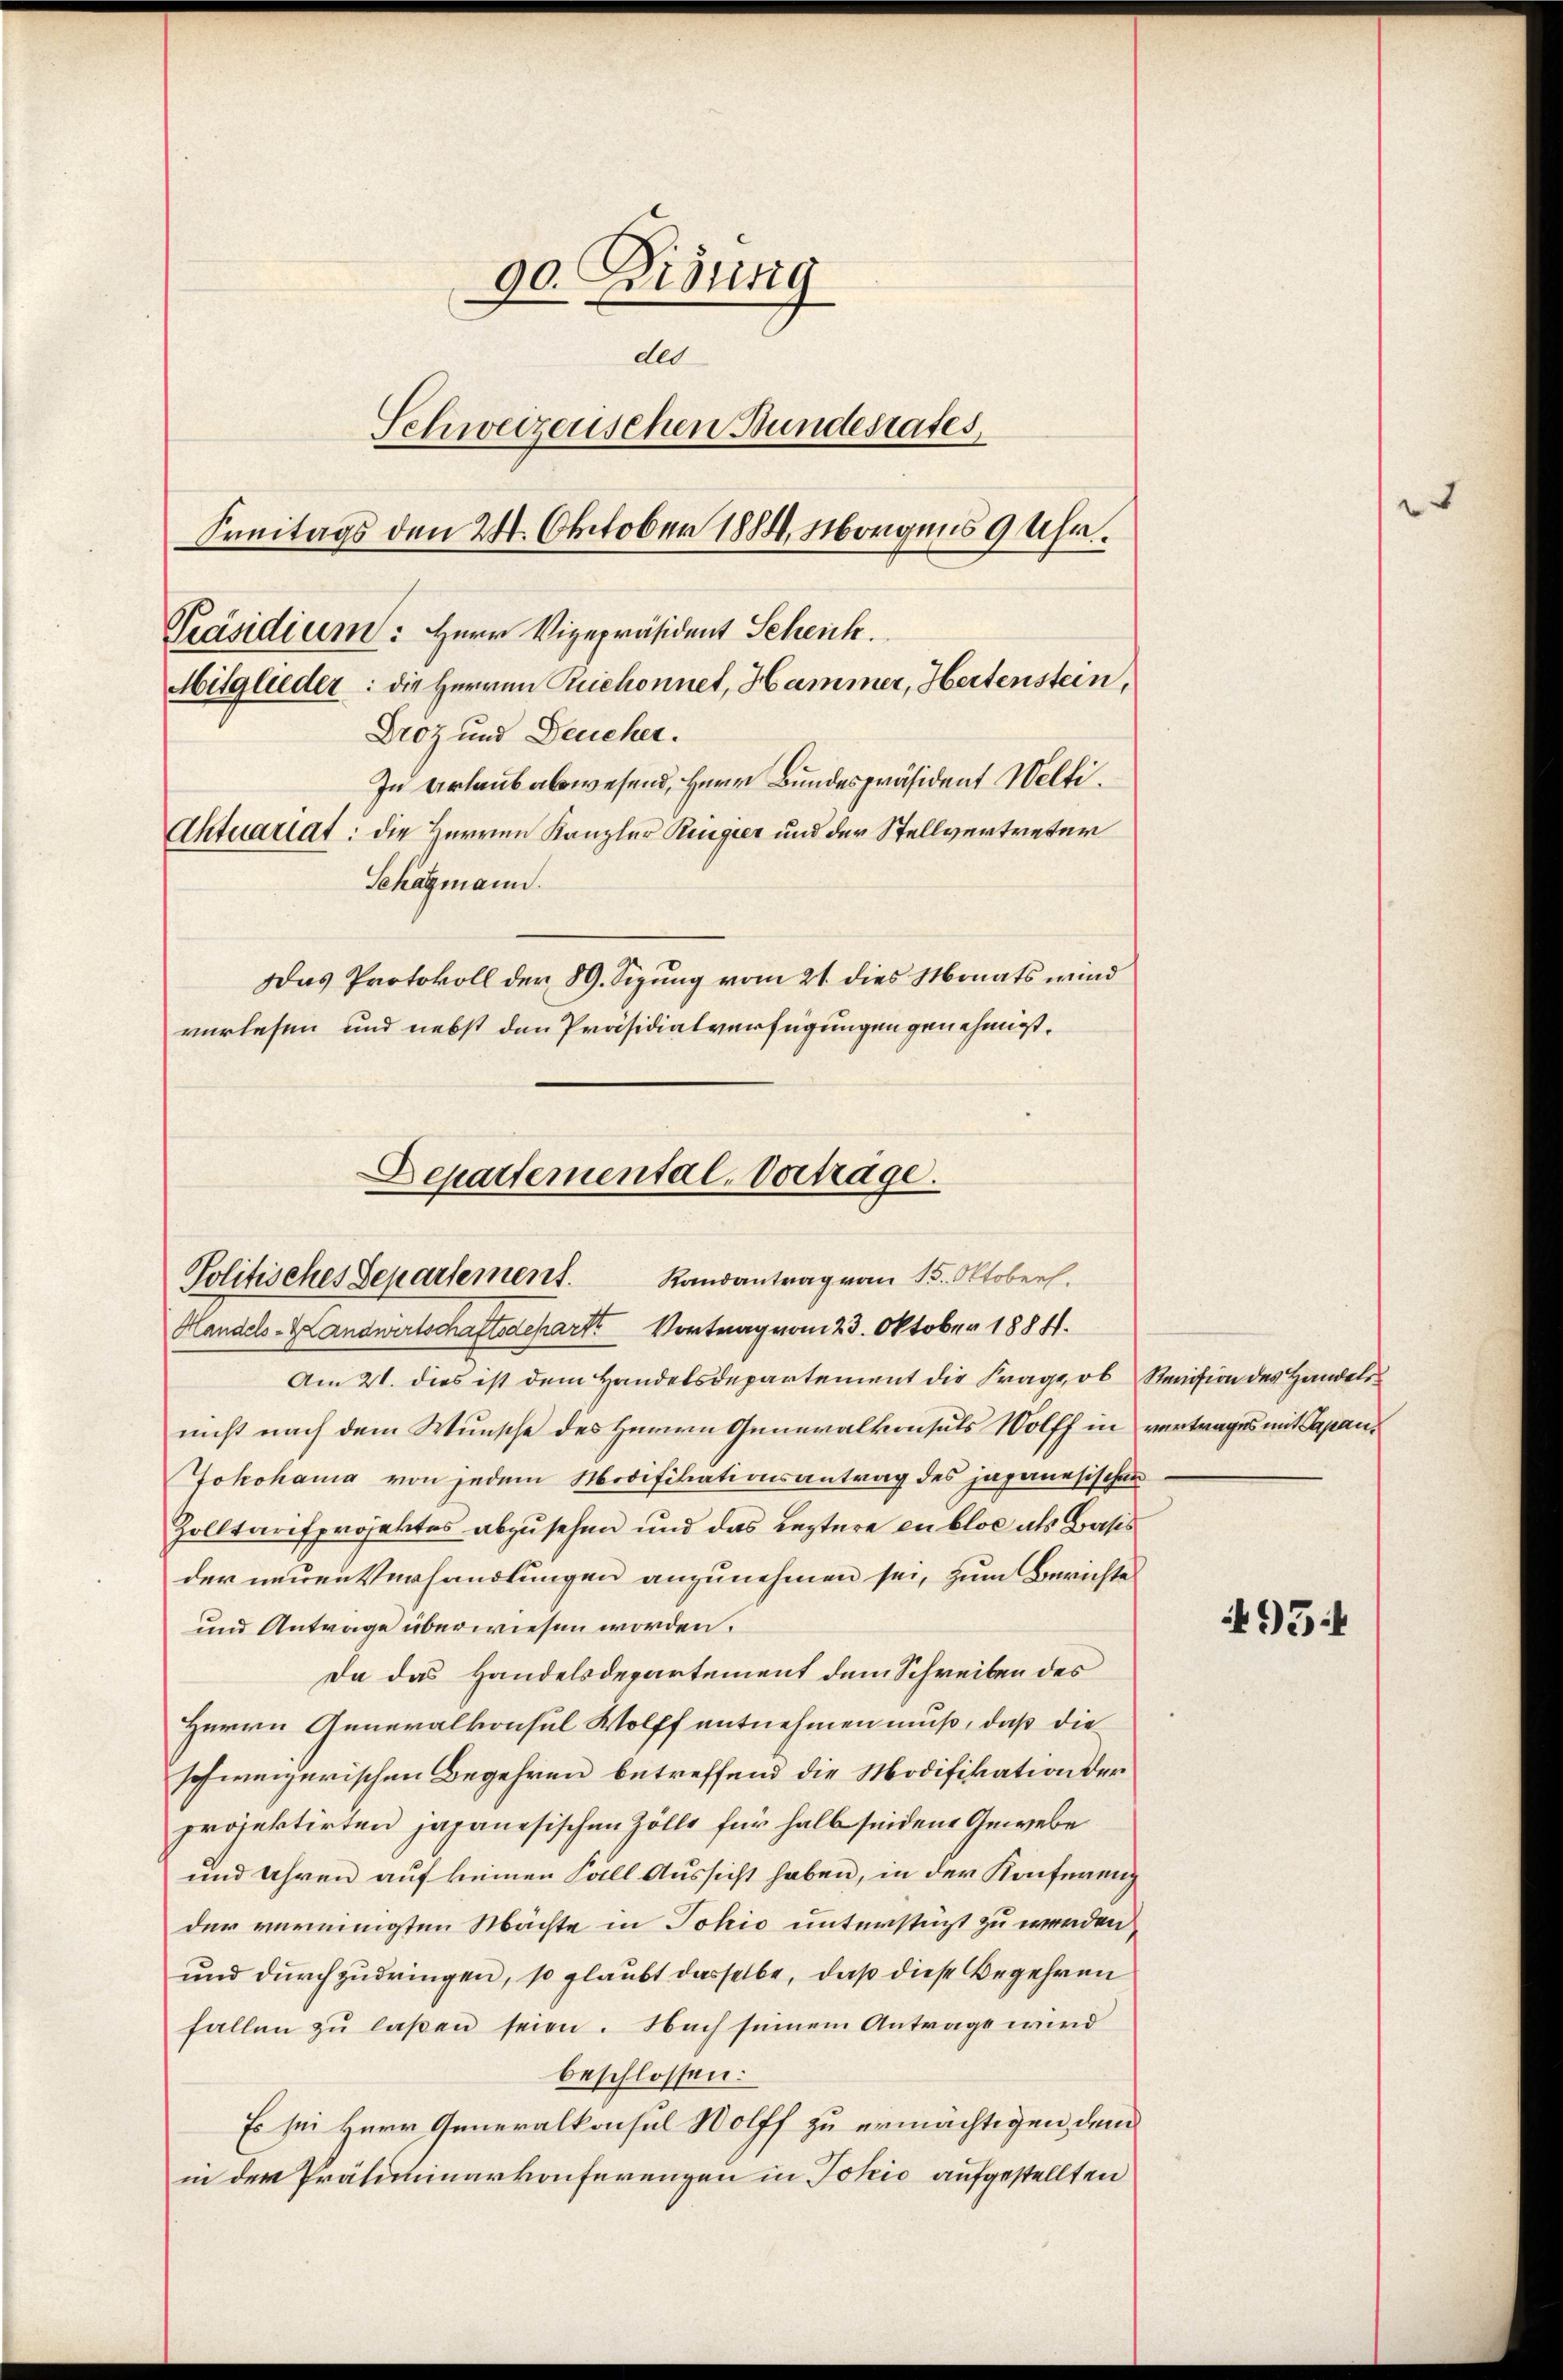
90. Risung
dld
Schweizerischen Bundesrates,
Freitags den 24. Oktober 1884, Morgens 9 Uhr.
Mitglieder: die Herren Ruchonnet, Hammer, Hertenstein,
Droz und Deucher.
In Urlaub abwesend, Herr Bundespräsident Welti.
Aktuariat: die Herren Kanzler Regier und der Stellvertreter
Schagmann.
Das Protokoll der 89. Sizung vom 21. dies Monats wird
verlesen und nebst den Präsidialverfügungen genehmigt.

Präsidium: Herr Vizepräsident Scheick.

Separtemental-Vortrage.
Politisches Separtement. Randantrag vom 15. Oktoberh.
Handels-HLandwirtschaftsdeparte Vortrag vom 23. Oktober 1884.

Am 21. dies ist dem Handelsdepartement die Frage, ob Revision des Handels
nicht nach dem Wunsche des Herrn Generalkonsuls Wolff in vertrages mit Papan¬
Jokohama von jedem Modifikationsantrag des japanesischen
Zolltarisprojektes abzusehen und das Leztere en blos als Basis
der neuen Verhandlungen anzunehmen sei, zum Berichte
und Antrage überwiesen worden.
Da das Handelsdepartement dem Schreiben des
Herrn Generalkonsul Wolff entnehmen muß, daß die
schweizerischen Begehren betreffend die Modifikation der
projektirten japanesischen Zölle für halb seiden Gewebe
und Uhren auf keinen Fall Aussicht haben, in der Konferenz
der vereinigten Machte in Jokić unterstüzt zu werden,
und durchzudringen, so glaubt dasselbe, daß diese Begehren
fallen zu laßen seien. Nach seinem Antrage wird
beschlossen:
Es sei Herr Generalkonsul Wolff zu ermächtigen, dem
in der Präliminarkonferenzen in Jokić aufgestellten

95: